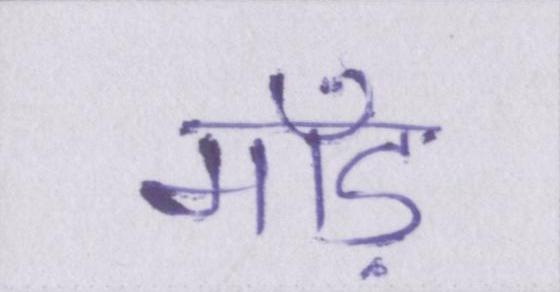
माँड़